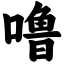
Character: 噜